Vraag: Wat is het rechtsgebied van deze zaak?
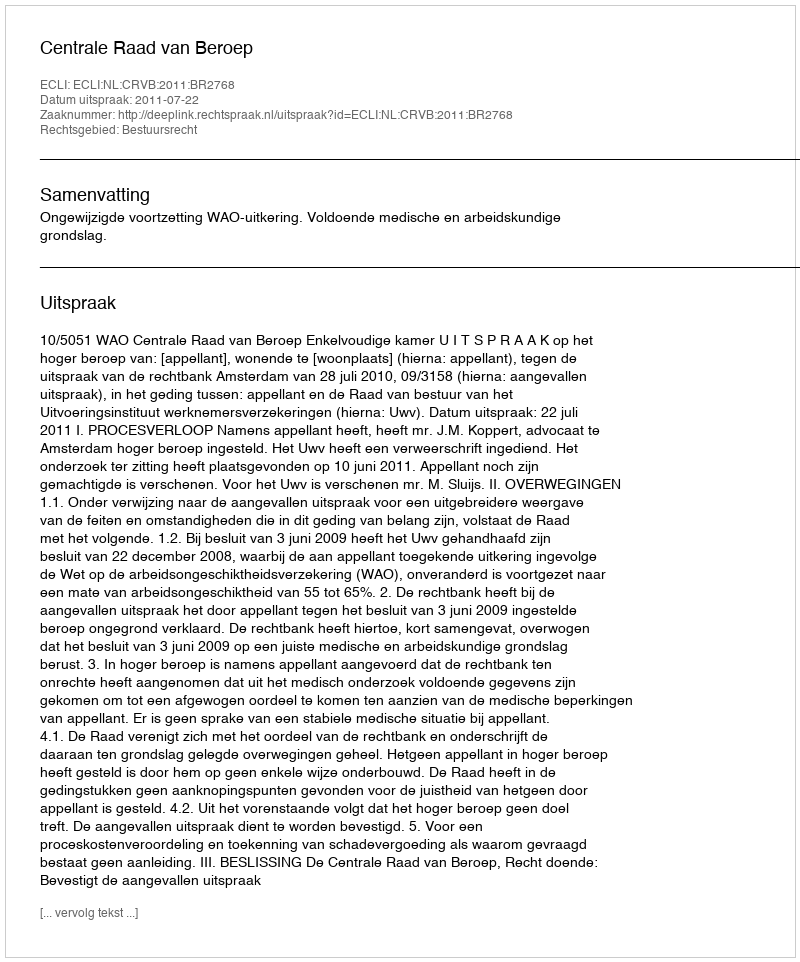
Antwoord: Bestuursrecht